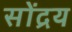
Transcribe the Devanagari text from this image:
सोंद्रय